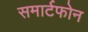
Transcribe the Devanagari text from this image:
समार्टफोन